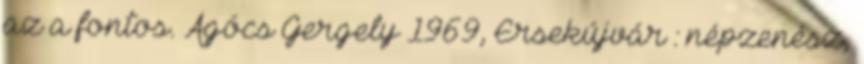
az a fontos. Agócs Gergely 1969, Érsekújvár : népzenész,